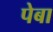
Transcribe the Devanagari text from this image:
पेबा